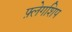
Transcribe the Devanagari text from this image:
फ़्लेगशिप